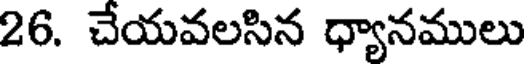
26. చేయవలసిన ధ్యానములు